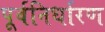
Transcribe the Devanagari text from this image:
पूर्वनिर्धारण